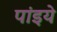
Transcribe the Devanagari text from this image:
पांइये